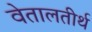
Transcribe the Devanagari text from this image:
वेतालतीर्थ